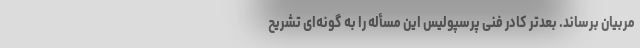
مربیان برساند. بعدتر کادر فنی پرسپولیس این مسأله را به گونه‌ای تشریح